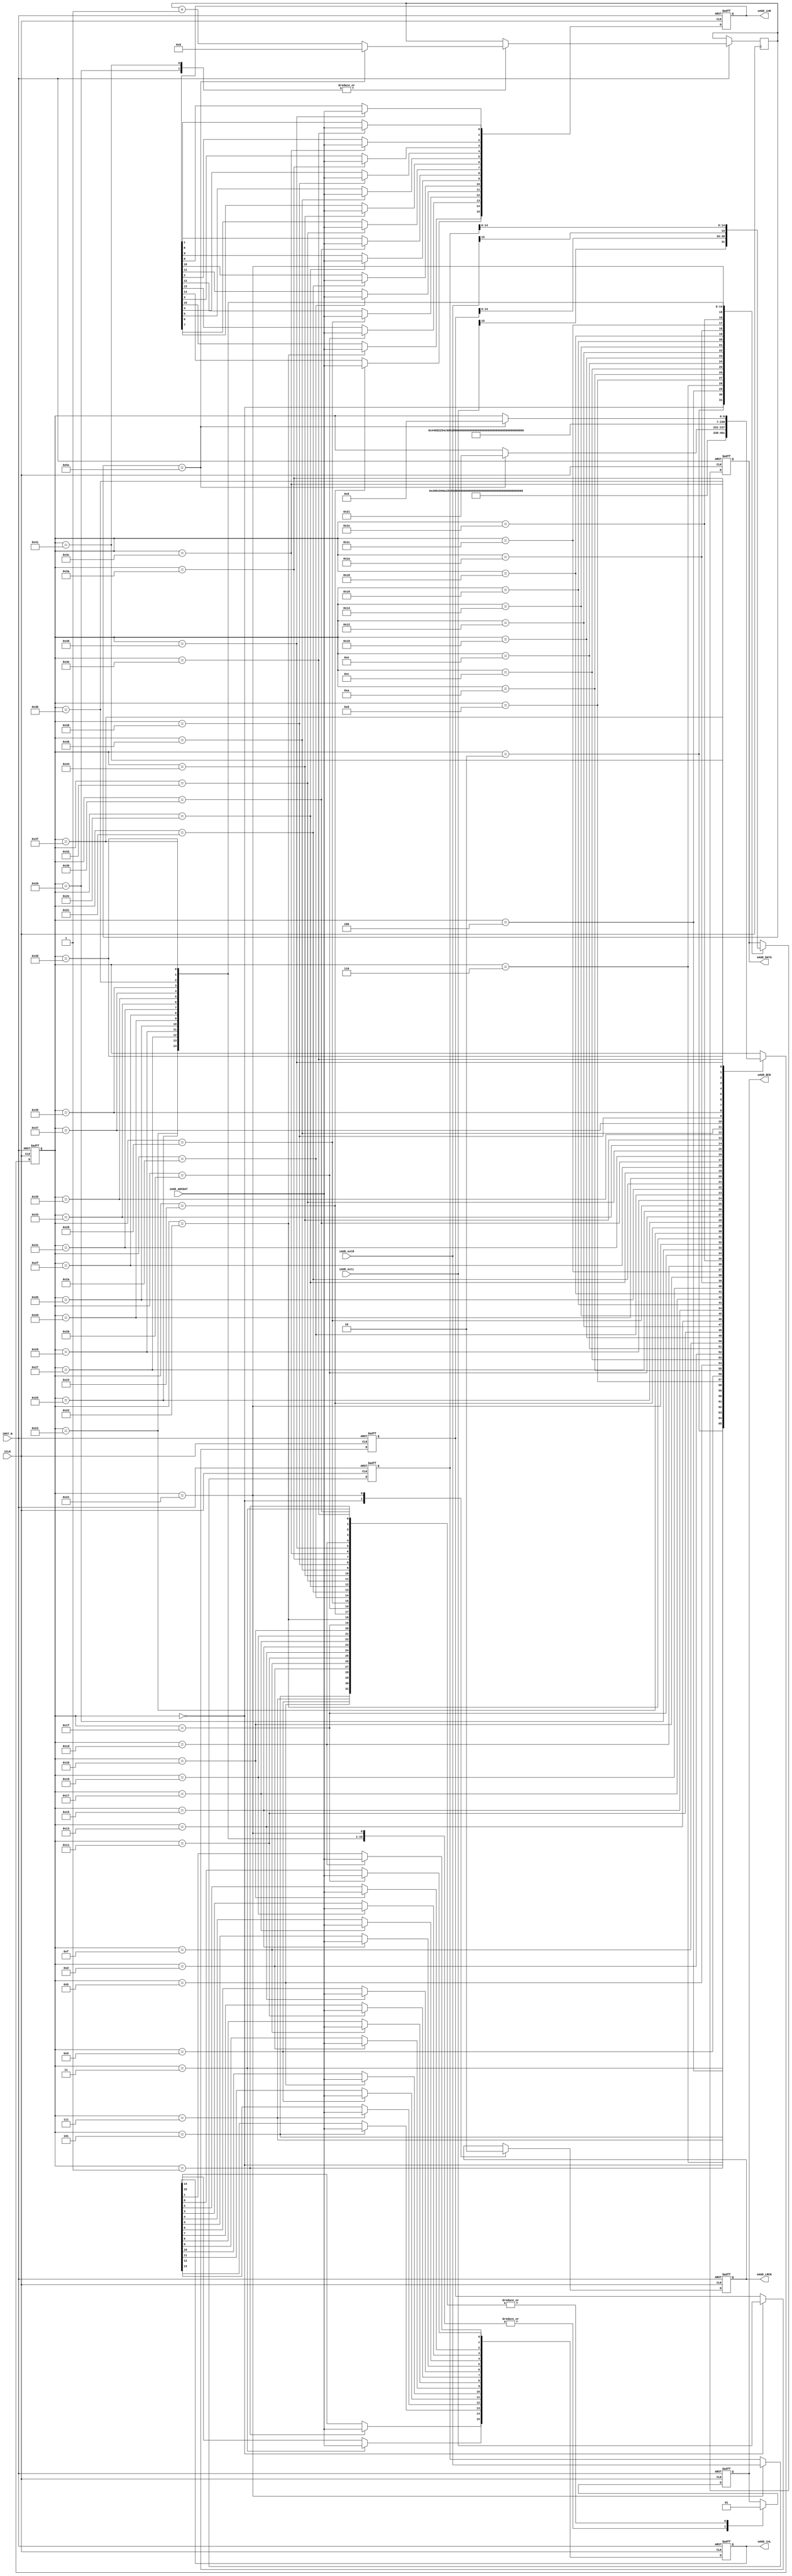
////////////////////////////////////////////////////
// AudioCodecController                           //
//   For use with DE2 Board Codec                 //
//   Settings: 48KHz Sampling Rate                //
//             48KHz Deemphasis                   //
//             USB Mode - 12MHz MCLK              //
////////////////////////////////////////////////////

module AudioCodecController (
	output reg oAUD_BCK,
	output reg oAUD_DATA,
	output reg oAUD_LRCK,
	output [15:0] oAUD_inL,
	output [15:0] oAUD_inR,
	input iAUD_ADCDAT,
	input [15:0] iAUD_extR,
	input [15:0] iAUD_extL,
	input iCLK,
	input iRST_N	
);

// Registers for audio in and out
reg [15:0] audInL, audInR;
reg [15:0] audOutL, audOutR;

assign oAUD_inL = audInL;
assign oAUD_inR = audInR;

// Counting register
reg [8:0] count;

// Register for state
reg [6:0] state;

// Define the states
parameter SETUP_L_1 = 7'd0;
parameter SEND_L_1 = 7'd1;
parameter SETUP_L_2 = 7'd2;
parameter SEND_L_2 = 7'd3;
parameter SETUP_L_3 = 7'd4;
parameter SEND_L_3 = 7'd5;
parameter SETUP_L_4 = 7'd6;
parameter SEND_L_4 = 7'd7;
parameter SETUP_L_5 = 7'd8;
parameter SEND_L_5 = 7'd9;
parameter SETUP_L_6 = 7'd10;
parameter SEND_L_6 = 7'd11;
parameter SETUP_L_7 = 7'd12;
parameter SEND_L_7 = 7'd13;
parameter SETUP_L_8 = 7'd14;
parameter SEND_L_8 = 7'd15;
parameter SETUP_L_9 = 7'd16;
parameter SEND_L_9 = 7'd17;
parameter SETUP_L_10 = 7'd18;
parameter SEND_L_10 = 7'd19;
parameter SETUP_L_11 = 7'd20;
parameter SEND_L_11 = 7'd21;
parameter SETUP_L_12 = 7'd22;
parameter SEND_L_12 = 7'd23;
parameter SETUP_L_13 = 7'd24;
parameter SEND_L_13 = 7'd25;
parameter SETUP_L_14 = 7'd26;
parameter SEND_L_14 = 7'd27;
parameter SETUP_L_15 = 7'd28;
parameter SEND_L_15 = 7'd29;
parameter SETUP_L_16 = 7'd30;
parameter SEND_L_16 = 7'd31;
parameter WAIT_L = 7'd32;
parameter SETUP_R_1 = 7'd33;
parameter SEND_R_1 = 7'd34;
parameter SETUP_R_2 = 7'd35;
parameter SEND_R_2 = 7'd36;
parameter SETUP_R_3 = 7'd37;
parameter SEND_R_3 = 7'd38;
parameter SETUP_R_4 = 7'd39;
parameter SEND_R_4 = 7'd40;
parameter SETUP_R_5 = 7'd41;
parameter SEND_R_5 = 7'd42;
parameter SETUP_R_6 = 7'd43;
parameter SEND_R_6 = 7'd44;
parameter SETUP_R_7 = 7'd45;
parameter SEND_R_7 = 7'd46;
parameter SETUP_R_8 = 7'd47;
parameter SEND_R_8 = 7'd48;
parameter SETUP_R_9 = 7'd49;
parameter SEND_R_9 = 7'd50;
parameter SETUP_R_10 = 7'd51;
parameter SEND_R_10 = 7'd52;
parameter SETUP_R_11 = 7'd53;
parameter SEND_R_11 = 7'd54;
parameter SETUP_R_12 = 7'd55;
parameter SEND_R_12 = 7'd56;
parameter SETUP_R_13 = 7'd57;
parameter SEND_R_13 = 7'd58;
parameter SETUP_R_14 = 7'd59;
parameter SEND_R_14 = 7'd60;
parameter SETUP_R_15 = 7'd61;
parameter SEND_R_15 = 7'd62;
parameter SETUP_R_16 = 7'd63;
parameter SEND_R_16 = 7'd64;
parameter WAIT_R = 7'd65;

always @ (posedge iCLK or negedge iRST_N)
begin
	if (!iRST_N)
	begin
		state <= SETUP_L_1;
		audInL <= 16'b0;
		audInR <= 16'b0;
		audOutL <= 16'b0;
		audOutR <= 16'b0;
		oAUD_LRCK <= 1'b0;
		oAUD_BCK <= 1'b0;
		oAUD_DATA <= 1'b0;
	end
	else
	begin
		case (state)
			SETUP_L_1: begin
				oAUD_LRCK <= 1'b1;
				oAUD_DATA <= iAUD_extL[15];
				audOutL <= iAUD_extL;
				state <= SEND_L_1;
			end
			SEND_L_1: begin
				oAUD_BCK <= 1'b1;
				audInL[15] <= iAUD_ADCDAT;
				state <= SETUP_L_2;
			end
			SETUP_L_2: begin
				oAUD_BCK <= 1'b0;
				oAUD_DATA <= audOutL[14];
				state <= SEND_L_2;
			end
			SEND_L_2: begin
				oAUD_BCK <= 1'b1;
				audInL[14] <= iAUD_ADCDAT;
				state <= SETUP_L_3;
			end
			SETUP_L_3: begin
				oAUD_BCK <= 1'b0;
				oAUD_DATA <= audOutL[13];
				state <= SEND_L_3;
			end
			SEND_L_3: begin
				oAUD_BCK <= 1'b1;
				audInL[13] <= iAUD_ADCDAT;
				state <= SETUP_L_4;
			end
			SETUP_L_4: begin
				oAUD_BCK <= 1'b0;
				oAUD_DATA <= audOutL[12];
				state <= SEND_L_4;
			end
			SEND_L_4: begin
				oAUD_BCK <= 1'b1;
				audInL[12] <= iAUD_ADCDAT;
				state <= SETUP_L_5;
			end
			SETUP_L_5: begin
				oAUD_BCK <= 1'b0;
				oAUD_DATA <= audOutL[11];
				state <= SEND_L_5;
			end
			SEND_L_5: begin
				oAUD_BCK <= 1'b1;
				audInL[11] <= iAUD_ADCDAT;
				state <= SETUP_L_6;
			end
			SETUP_L_6: begin
				oAUD_BCK <= 1'b0;
				oAUD_DATA <= audOutL[10];
				state <= SEND_L_6;
			end
			SEND_L_6: begin
				oAUD_BCK <= 1'b1;
				audInL[10] <= iAUD_ADCDAT;
				state <= SETUP_L_7;
			end
			SETUP_L_7: begin
				oAUD_BCK <= 1'b0;
				oAUD_DATA <= audOutL[9];
				state <= SEND_L_7;
			end
			SEND_L_7: begin
				oAUD_BCK <= 1'b1;
				audInL[9] <= iAUD_ADCDAT;
				state <= SETUP_L_8;
			end
			SETUP_L_8: begin
				oAUD_BCK <= 1'b0;
				oAUD_DATA <= audOutL[8];
				state <= SEND_L_8;
			end
			SEND_L_8: begin
				oAUD_BCK <= 1'b1;
				audInL[8] <= iAUD_ADCDAT;
				state <= SETUP_L_9;
			end
			SETUP_L_9: begin
				oAUD_BCK <= 1'b0;
				oAUD_DATA <= audOutL[7];
				state <= SEND_L_9;
			end
			SEND_L_9: begin
				oAUD_BCK <= 1'b1;
				audInL[7] <= iAUD_ADCDAT;
				state <= SETUP_L_10;
			end
			SETUP_L_10: begin
				oAUD_BCK <= 1'b0;
				oAUD_DATA <= audOutL[6];
				state <= SEND_L_10;
			end
			SEND_L_10: begin
				oAUD_BCK <= 1'b1;
				audInL[6] <= iAUD_ADCDAT;
				state <= SETUP_L_11;
			end
			SETUP_L_11: begin
				oAUD_BCK <= 1'b0;
				oAUD_DATA <= audOutL[5];
				state <= SEND_L_11;
			end
			SEND_L_11: begin
				oAUD_BCK <= 1'b1;
				audInL[5] <= iAUD_ADCDAT;
				state <= SETUP_L_12;
			end
			SETUP_L_12: begin
				oAUD_BCK <= 1'b0;
				oAUD_DATA <= audOutL[4];
				state <= SEND_L_12;
			end
			SEND_L_12: begin
				oAUD_BCK <= 1'b1;
				audInL[4] <= iAUD_ADCDAT;
				state <= SETUP_L_13;
			end
			SETUP_L_13: begin
				oAUD_BCK <= 1'b0;
				oAUD_DATA <= audOutL[3];
				state <= SEND_L_13;
			end
			SEND_L_13: begin
				oAUD_BCK <= 1'b1;
				audInL[3] <= iAUD_ADCDAT;
				state <= SETUP_L_14;
			end
			SETUP_L_14: begin
				oAUD_BCK <= 1'b0;
				oAUD_DATA <= audOutL[2];
				state <= SEND_L_14;
			end
			SEND_L_14: begin
				oAUD_BCK <= 1'b1;
				audInL[2] <= iAUD_ADCDAT;
				state <= SETUP_L_15;
			end
			SETUP_L_15: begin
				oAUD_BCK <= 1'b0;
				oAUD_DATA <= audOutL[1];
				state <= SEND_L_15;
			end
			SEND_L_15: begin
				oAUD_BCK <= 1'b1;
				audInL[1] <= iAUD_ADCDAT;
				state <= SETUP_L_16;
			end
			SETUP_L_16: begin
				oAUD_BCK <= 1'b0;
				oAUD_DATA <= audOutL[0];
				state <= SEND_L_16;
			end
			SEND_L_16: begin
				oAUD_BCK <= 1'b1;
				audInL[0] <= iAUD_ADCDAT;
				state <= WAIT_L;
			end
			WAIT_L: begin
				if (count == 9'd92)
				begin
					state <= SETUP_R_1;
					count <= 9'd0;
				end
				else
					count <= count + 9'd1;
			end
			SETUP_R_1: begin
				oAUD_LRCK <= 1'b0;
				oAUD_BCK <= 1'b0;
				oAUD_DATA <= iAUD_extR[15];
				audOutR <= iAUD_extR;
				state <= SEND_R_1;
			end
			SEND_R_1: begin
				oAUD_BCK <= 1'b1;
				audInR[15] <= iAUD_ADCDAT;
				state <= SETUP_R_2;
			end
			SETUP_R_2: begin
				oAUD_BCK <= 1'b0;
				oAUD_DATA <= audOutR[14];
				state <= SEND_R_2;
			end
			SEND_R_2: begin
				oAUD_BCK <= 1'b1;
				audInR[14] <= iAUD_ADCDAT;
				state <= SETUP_R_3;
			end
			SETUP_R_3: begin
				oAUD_BCK <= 1'b0;
				oAUD_DATA <= audOutR[13];
				state <= SEND_R_3;
			end
			SEND_R_3: begin
				oAUD_BCK <= 1'b1;
				audInR[13] <= iAUD_ADCDAT;
				state <= SETUP_R_4;
			end
			SETUP_R_4: begin
				oAUD_BCK <= 1'b0;
				oAUD_DATA <= audOutR[12];
				state <= SEND_R_4;
			end
			SEND_R_4: begin
				oAUD_BCK <= 1'b1;
				audInR[12] <= iAUD_ADCDAT;
				state <= SETUP_R_5;
			end
			SETUP_R_5: begin
				oAUD_BCK <= 1'b0;
				oAUD_DATA <= audOutR[11];
				state <= SEND_R_5;
			end
			SEND_R_5: begin
				oAUD_BCK <= 1'b1;
				audInR[11] <= iAUD_ADCDAT;
				state <= SETUP_R_6;
			end
			SETUP_R_6: begin
				oAUD_BCK <= 1'b0;
				oAUD_DATA <= audOutR[10];
				state <= SEND_R_6;
			end
			SEND_R_6: begin
				oAUD_BCK <= 1'b1;
				audInR[10] <= iAUD_ADCDAT;
				state <= SETUP_R_7;
			end
			SETUP_R_7: begin
				oAUD_BCK <= 1'b0;
				oAUD_DATA <= audOutR[9];
				state <= SEND_R_7;
			end
			SEND_R_7: begin
				oAUD_BCK <= 1'b1;
				audInR[9] <= iAUD_ADCDAT;
				state <= SETUP_R_8;
			end
			SETUP_R_8: begin
				oAUD_BCK <= 1'b0;
				oAUD_DATA <= audOutR[8];
				state <= SEND_R_8;
			end
			SEND_R_8: begin
				oAUD_BCK <= 1'b1;
				audInR[8] <= iAUD_ADCDAT;
				state <= SETUP_R_9;
			end
			SETUP_R_9: begin
				oAUD_BCK <= 1'b0;
				oAUD_DATA <= audOutR[7];
				state <= SEND_R_9;
			end
			SEND_R_9: begin
				oAUD_BCK <= 1'b1;
				audInR[7] <= iAUD_ADCDAT;
				state <= SETUP_R_10;
			end
			SETUP_R_10: begin
				oAUD_BCK <= 1'b0;
				oAUD_DATA <= audOutR[6];
				state <= SEND_R_10;
			end
			SEND_R_10: begin
				oAUD_BCK <= 1'b1;
				audInR[6] <= iAUD_ADCDAT;
				state <= SETUP_R_11;
			end
			SETUP_R_11: begin
				oAUD_BCK <= 1'b0;
				oAUD_DATA <= audOutR[5];
				state <= SEND_R_11;
			end
			SEND_R_11: begin
				oAUD_BCK <= 1'b1;
				audInR[5] <= iAUD_ADCDAT;
				state <= SETUP_R_12;
			end
			SETUP_R_12: begin
				oAUD_BCK <= 1'b0;
				oAUD_DATA <= audOutR[4];
				state <= SEND_R_12;
			end
			SEND_R_12: begin
				oAUD_BCK <= 1'b1;
				audInR[4] <= iAUD_ADCDAT;
				state <= SETUP_R_13;
			end
			SETUP_R_13: begin
				oAUD_BCK <= 1'b0;
				oAUD_DATA <= audOutR[3];
				state <= SEND_R_13;
			end
			SEND_R_13: begin
				oAUD_BCK <= 1'b1;
				audInR[3] <= iAUD_ADCDAT;
				state <= SETUP_R_14;
			end
			SETUP_R_14: begin
				oAUD_BCK <= 1'b0;
				oAUD_DATA <= audOutR[2];
				state <= SEND_R_14;
			end
			SEND_R_14: begin
				oAUD_BCK <= 1'b1;
				audInR[2] <= iAUD_ADCDAT;
				state <= SETUP_R_15;
			end
			SETUP_R_15: begin
				oAUD_BCK <= 1'b0;
				oAUD_DATA <= audOutR[1];
				state <= SEND_R_15;
			end
			SEND_R_15: begin
				oAUD_BCK <= 1'b1;
				audInR[1] <= iAUD_ADCDAT;
				state <= SETUP_R_16;
			end
			SETUP_R_16: begin
				oAUD_BCK <= 1'b0;
				oAUD_DATA <= audOutR[0];
				state <= SEND_R_16;
			end
			SEND_R_16: begin
				oAUD_BCK <= 1'b1;
				audInR[0] <= iAUD_ADCDAT;
				state <= WAIT_R;
			end
			WAIT_R: begin
				if (count == 9'd92)
				begin
					state <= SETUP_L_1;
					count <= 9'd0;
				end
				else
					count <= count + 9'd1;
			end
		endcase
	end
end

endmodule